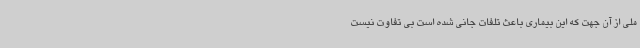
ملی از آن جهت که این بیماری باعث تلفات جانی شده است بی تفاوت نیست